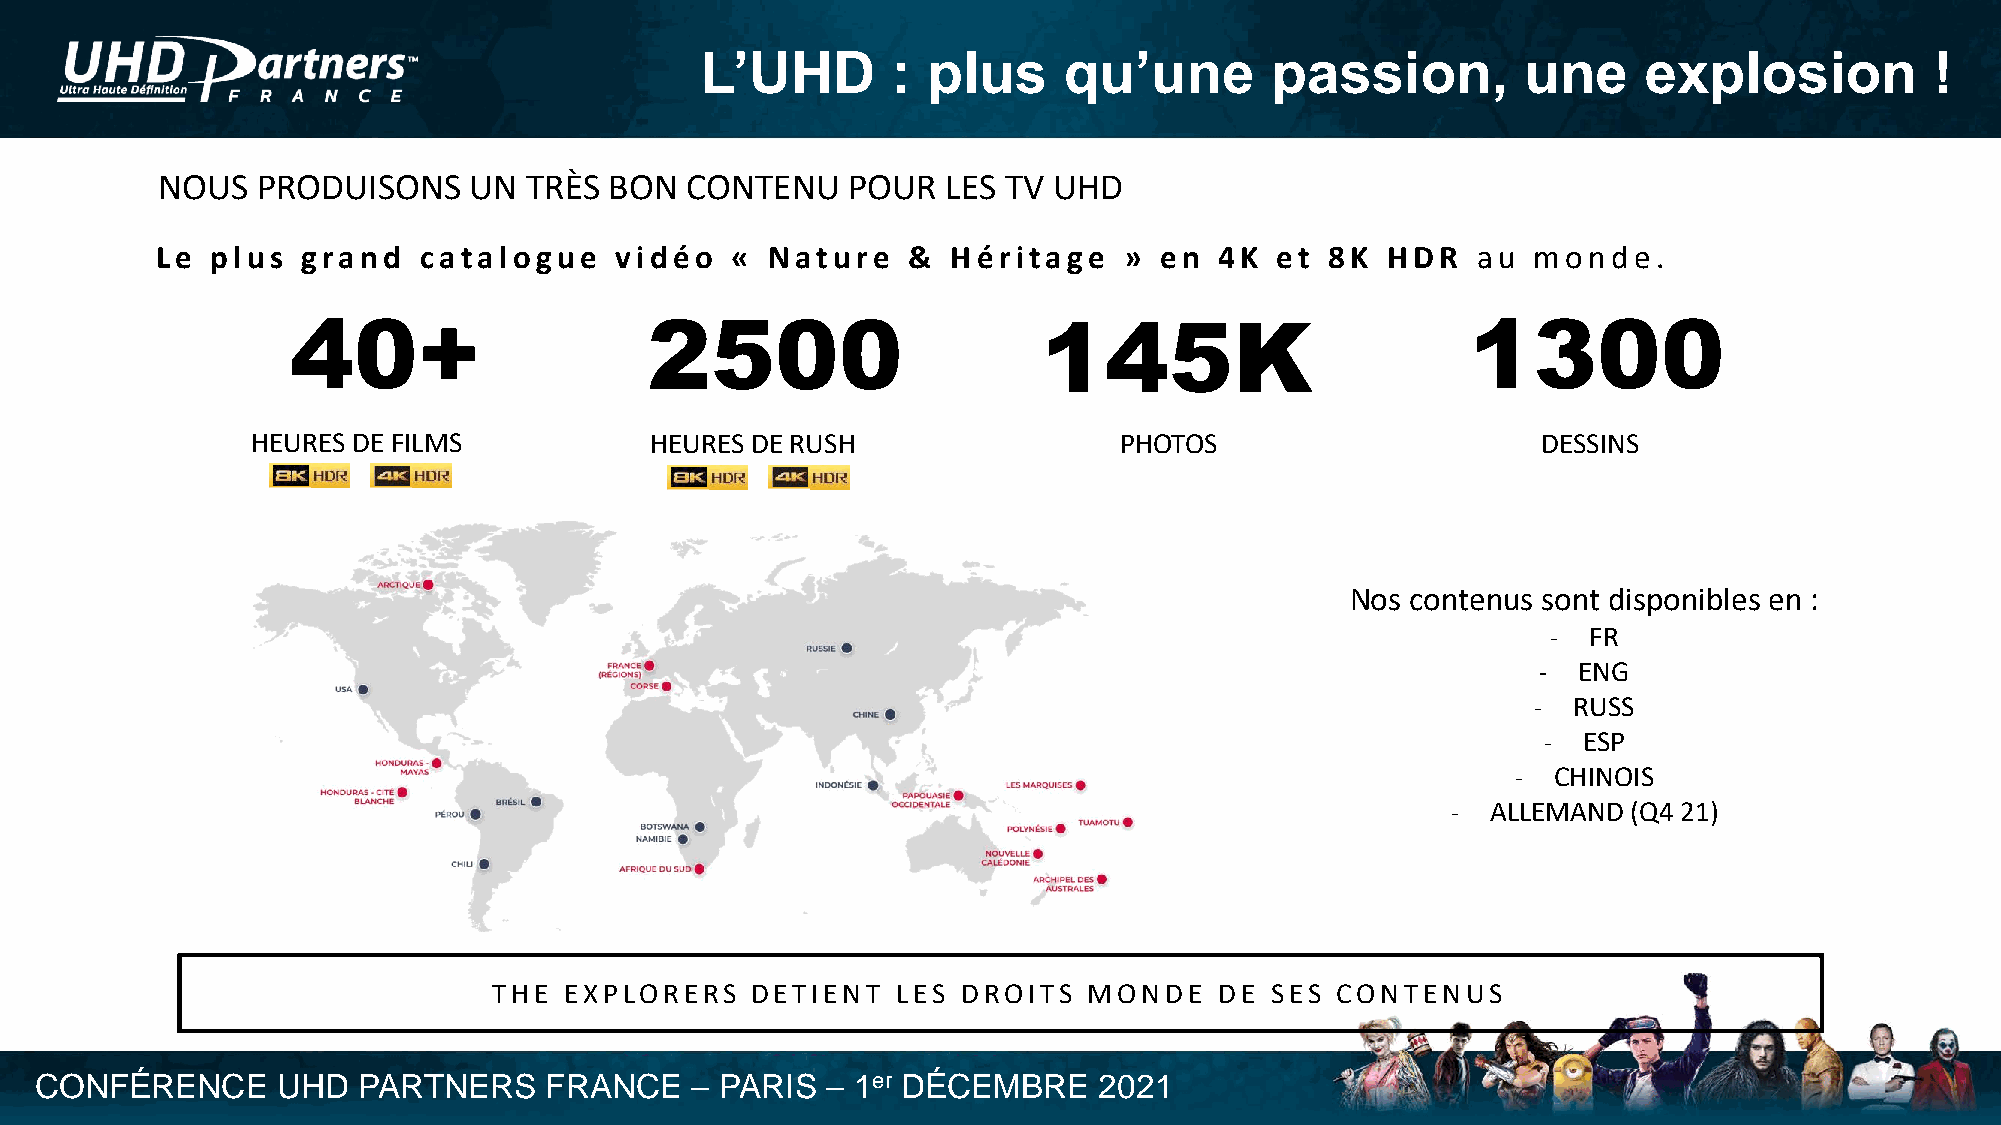
L’UHD        : plus     qu’une        passion,         une     explosion          !
 NOUS   PRODUISONS    UN  TRÈS BON  CONTENU    POUR   LES TV UHD
 Le  plus  grand   catalogue    vidéo  «  Nature   &  Héritage   »  en  4K et  8K  HDR   au  monde.
 40+                     2500                      145K                        1300
 HEURES DE FILMS           HEURES DE RUSH                 PHOTOS                      DESSINS
 Nos contenus sont disponibles en :
 - FR
 - ENG
 - RUSS
 -  ESP
 -  CHINOIS
 -  ALLEMAND (Q4 21)
 THE EXPLORERS    DETIENT  LES  DROITS  MONDE    DE SES CONTENUS
 CONFÉRENCE      UHD   PARTNERS    FRANCE    – PARIS  – 1er DÉCEMBRE    2021